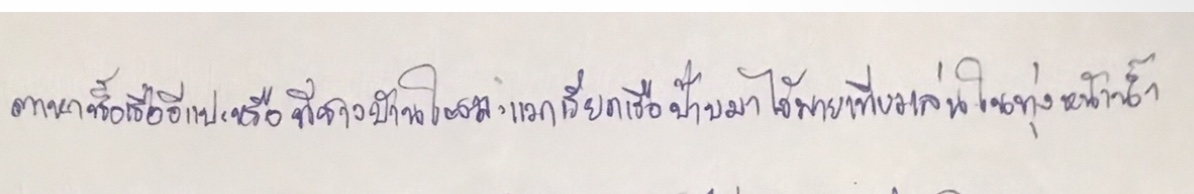
ตาหาซื้อเรืออีแปะหรือที่ชาวบ้านในละแวกเรียกเรือป๊าบมาไว้พายเที่ยวเล่นในทุ่งหน้าน้ำ